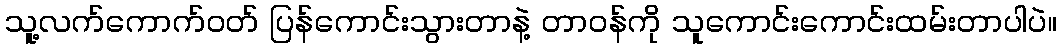
သူ့လက်ကောက်ဝတ် ပြန်ကောင်းသွားတာနဲ့ တာဝန်ကို သူကောင်းကောင်းထမ်းတာပါပဲ။